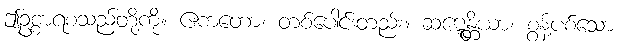
ဤဥစ္စာရစသည်တို့ကို။ ဧကတော၊ တစ်ပေါင်းတည်း။ ဆဋ္ဋေန္တိယာ၊ စွန့်ပစ်သော